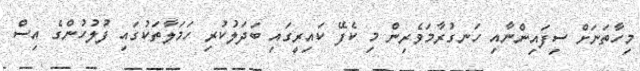
މިހާތަނަށް ސިފައިންނާއި ހަނގުރާމަވެރިން މި ކެފޭ ކައިރީގައި ބަދަލުކުރި ހަމަލާތަކުގައި ފުލުހުންގެ އިސް